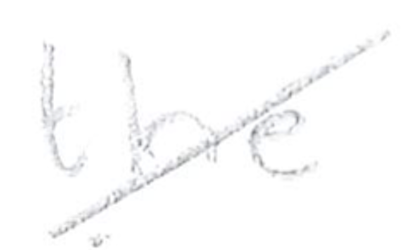
Text: the
Cross-out: diagonal
Writing tool: pencil